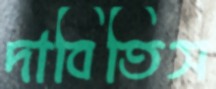
দাবিতিস